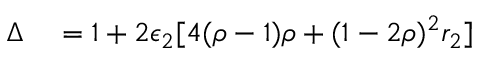
\begin{array} { r l } { \Delta } & { { } = 1 + 2 \epsilon _ { 2 } [ 4 ( \rho - 1 ) \rho + ( 1 - 2 \rho ) ^ { 2 } r _ { 2 } ] } \end{array}